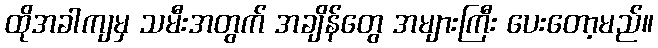
ထိုအခါကျမှ သမီးအတွက် အချိန်တွေ အများကြီး ပေးတော့မည်။